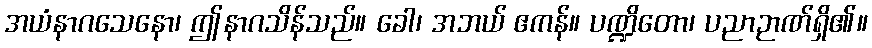
အယံနာဂသေနော၊ ဤနာဂသိန်သည်။ ခေါ၊ အဘယ် ဧကန်။ ပဏ္ဍိတော၊ ပညာဉာဏ်ရှိ၏။